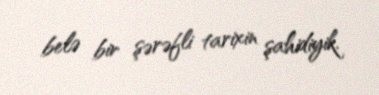
belə bir şərəfli tarixin şahidiyik.